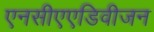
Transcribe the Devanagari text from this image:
एनसीएएडिवीजन